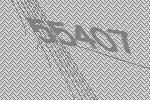
55407